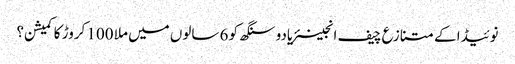
نوئیڈا کے متنازع چیف انجینئریادو سنگھ کو 6 سالوں میں ملا 100 کروڑ کا کمیشن؟